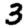
Digit: 3